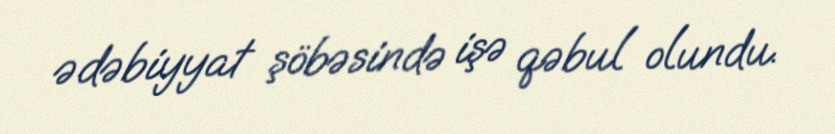
ədəbiyyat şöbəsində işə qəbul olundu.